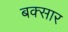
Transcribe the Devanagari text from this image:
बक्सार